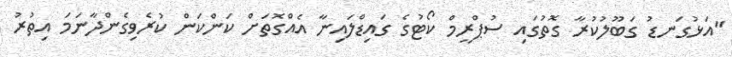
"އަޅުގަނޑު ގަބޫލުކުރާ ގޮތުގައި ސުޕްރީމް ކޯޓުގެ ގައިޑްލައިނާ އެއްގޮތަށް ކަންކަން ކުރެވިގެންދާނަމަ އިތުރު